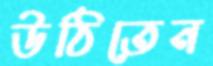
উঠিতেন